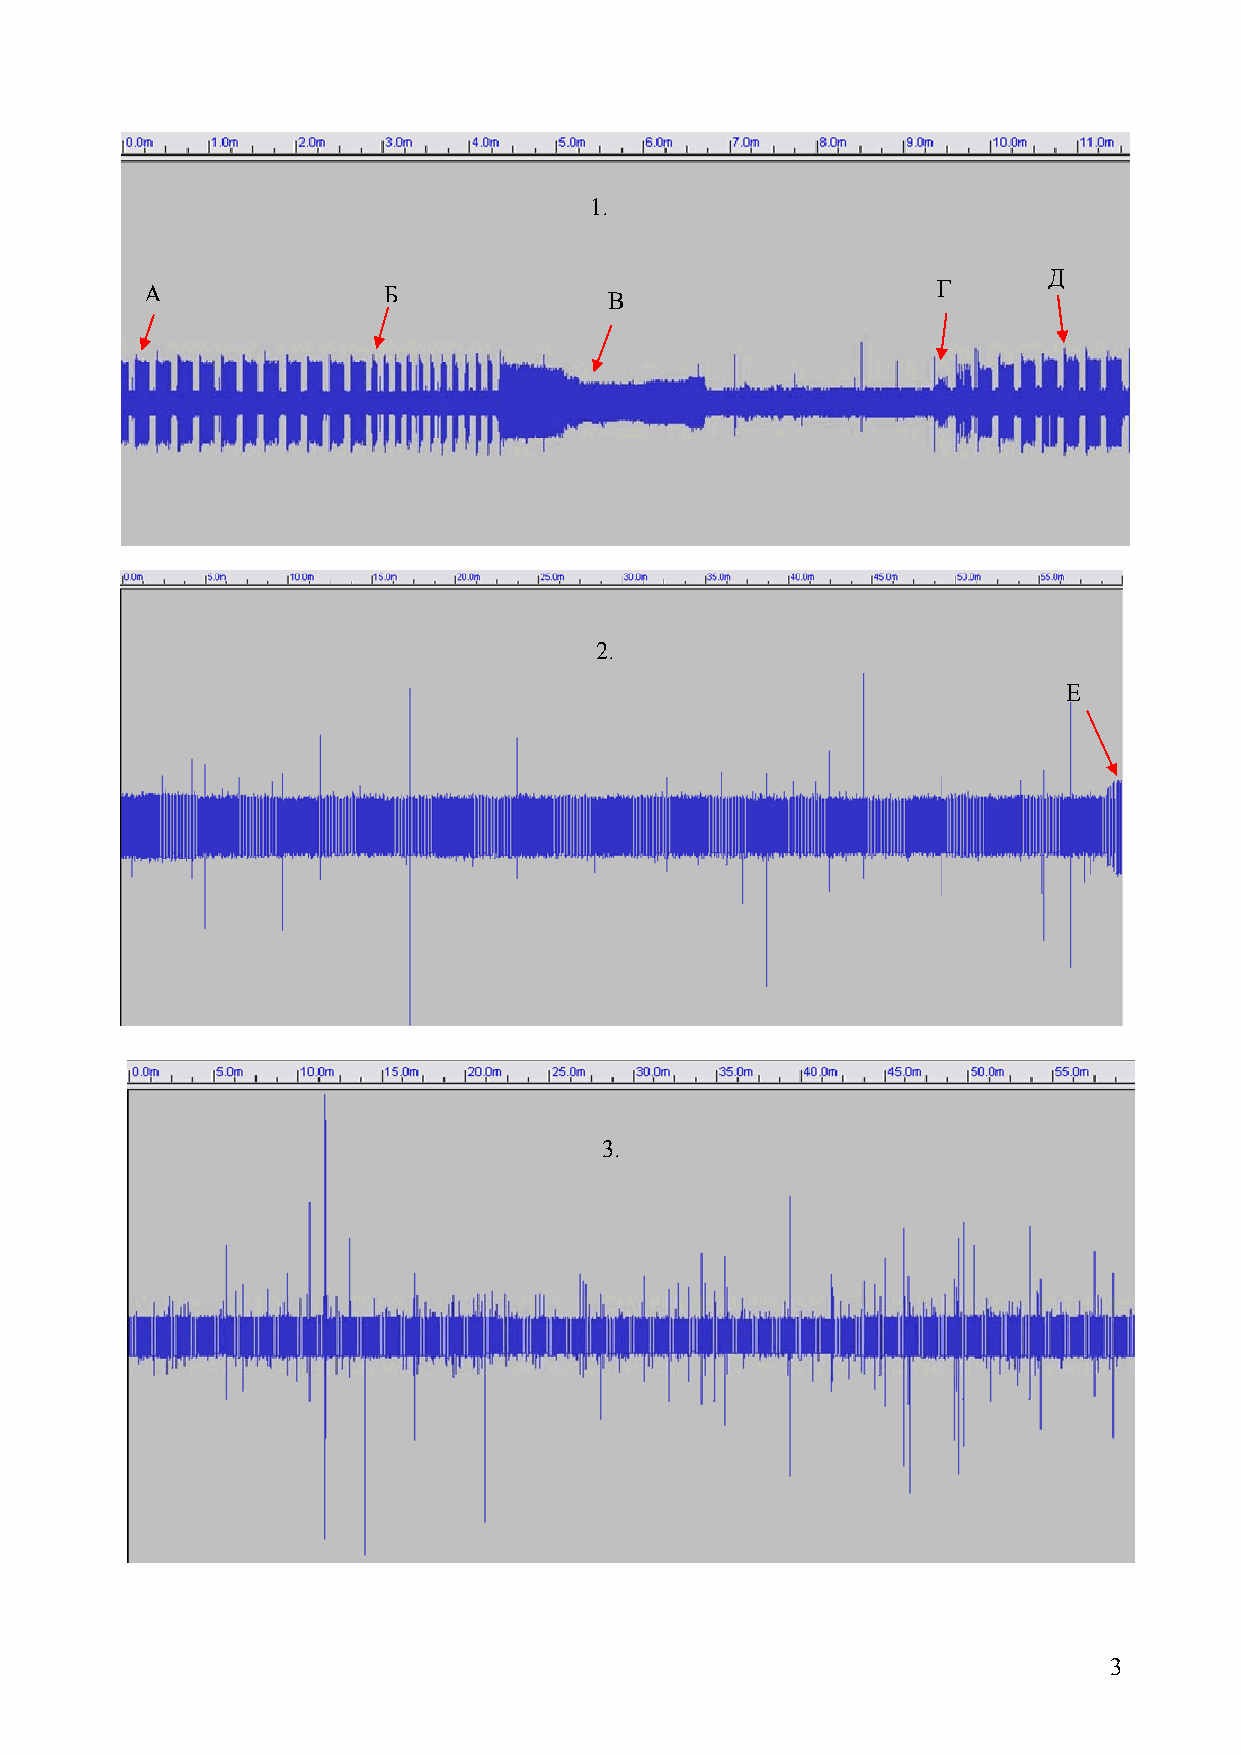
1.
 Д
 А              Б              В                     Г
 2.
 Е
 3.
 3